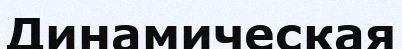
Динамическая